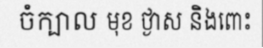
ចំក្បាល មុខ ថ្ងាស និងពោះ